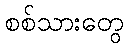
စစ်သားတွေ